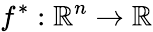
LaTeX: f^{*}:\mathbb{R}^{n}\xrightarrow{}\mathbb{R}